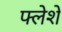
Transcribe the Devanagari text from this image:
फ्लेशे